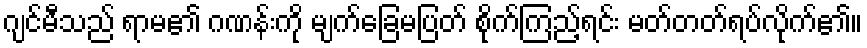
ဂျင်မီသည် ရာမ၏ ဂဏန်းကို မျက်ခြေမပြတ် စိုက်ကြည့်ရင်း မတ်တတ်ရပ်လိုက်၏။